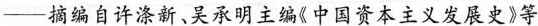
——摘编自许涤新、吴承明主编《中国资本主义发展史》等